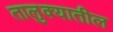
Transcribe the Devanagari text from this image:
तालु़क्यातील